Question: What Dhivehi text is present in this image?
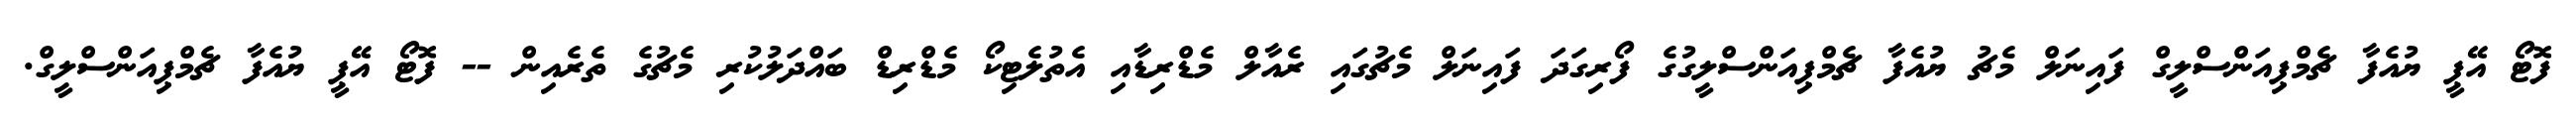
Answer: ފޮޓޯ އޭޕީ ޔުއެފާ ޗެމްޕިއަންސްލީގް ފައިނަލް މެޗު ޔުއެފާ ޗެމްޕިއަންސްލީގުގެ ފޯރިގަދަ ފައިނަލް މެޗުގައި ރެއާލް މެޑްރިޑާއި އެތުލެޓިކޯ މެޑްރިޑް ބައްދަލުކުރި މެޗުގެ ތެރެއިން -- ފޮޓޯ އޭޕީ ޔުއެފާ ޗެމްޕިއަންސްލީގް.